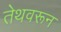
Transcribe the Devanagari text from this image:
तेथवरून